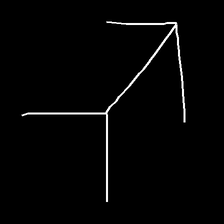
Glyph: gather